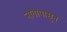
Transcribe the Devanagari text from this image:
नावापासुन